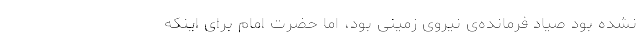
نشده بود صیاد فرمانده‌ی نیروی زمینی بود، اما حضرت امام برای اینکه